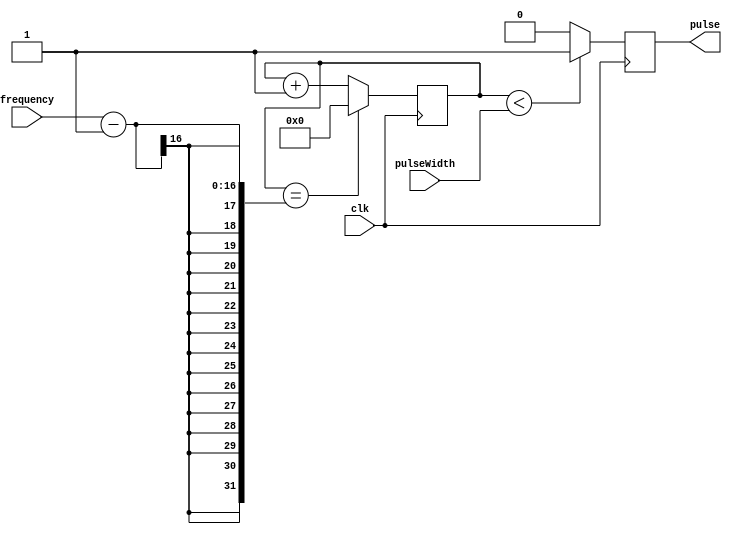
module SimplePulseGenerator(
    input wire clk,
    input wire [15:0] pulseWidth,
    input wire [15:0] frequency,
    output reg pulse
);

reg [15:0] count;

always @ (posedge clk) begin
    if (count < pulseWidth) begin
        pulse <= 1;
    end else begin
        pulse <= 0;
    end

    if (count == frequency - 1) begin
        count <= 0;
    end else begin
        count <= count + 1;
    end
end

endmodule